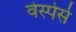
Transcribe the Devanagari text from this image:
वेस्पेर्स